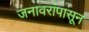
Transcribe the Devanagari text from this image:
जनावरांपासून